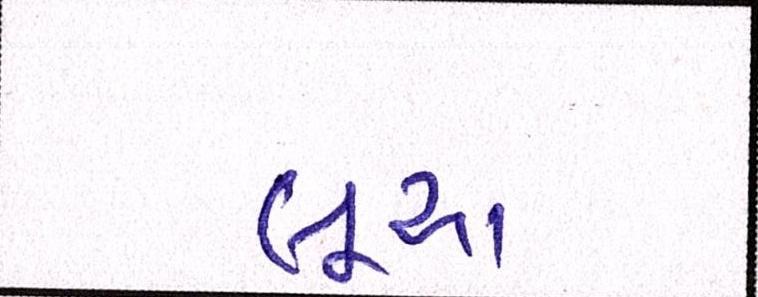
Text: લૂઆ